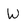
Character: W